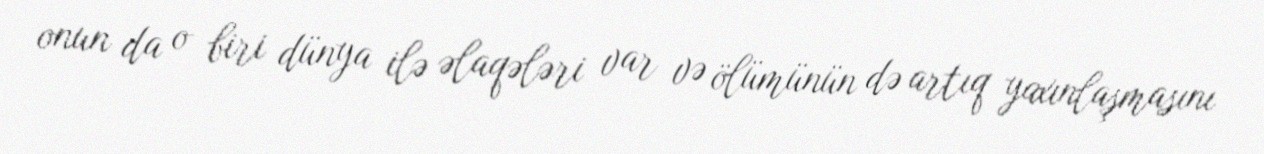
onun da o biri dünya ilə əlaqələri var və ölümünün də artıq yaxınlaşmasını